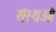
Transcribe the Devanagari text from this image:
संस्थओं